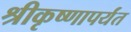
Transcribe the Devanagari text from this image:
श्रीकृष्णापर्यंत